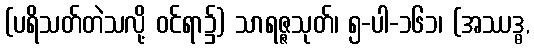
(ပရိသတ်တဲသလို့ ဝင်ရာ၌) သာရဇ္ဇသုတ်၊ ၅-ပါ-၁၆၁၊ (အဿဒ္ဓ,